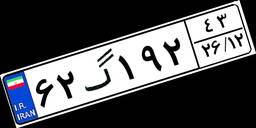
۶۲گ۱۹۲۴۳